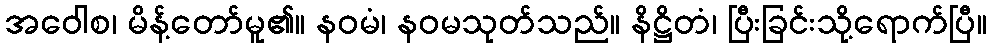
အဝေါစ၊ မိန့်တော်မူ၏။ နဝမံ၊ နဝမသုတ်သည်။ နိဋ္ဌိတံ၊ ပြီးခြင်းသို့ရောက်ပြီ။